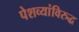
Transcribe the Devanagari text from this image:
पेशव्यांविरुद्ध